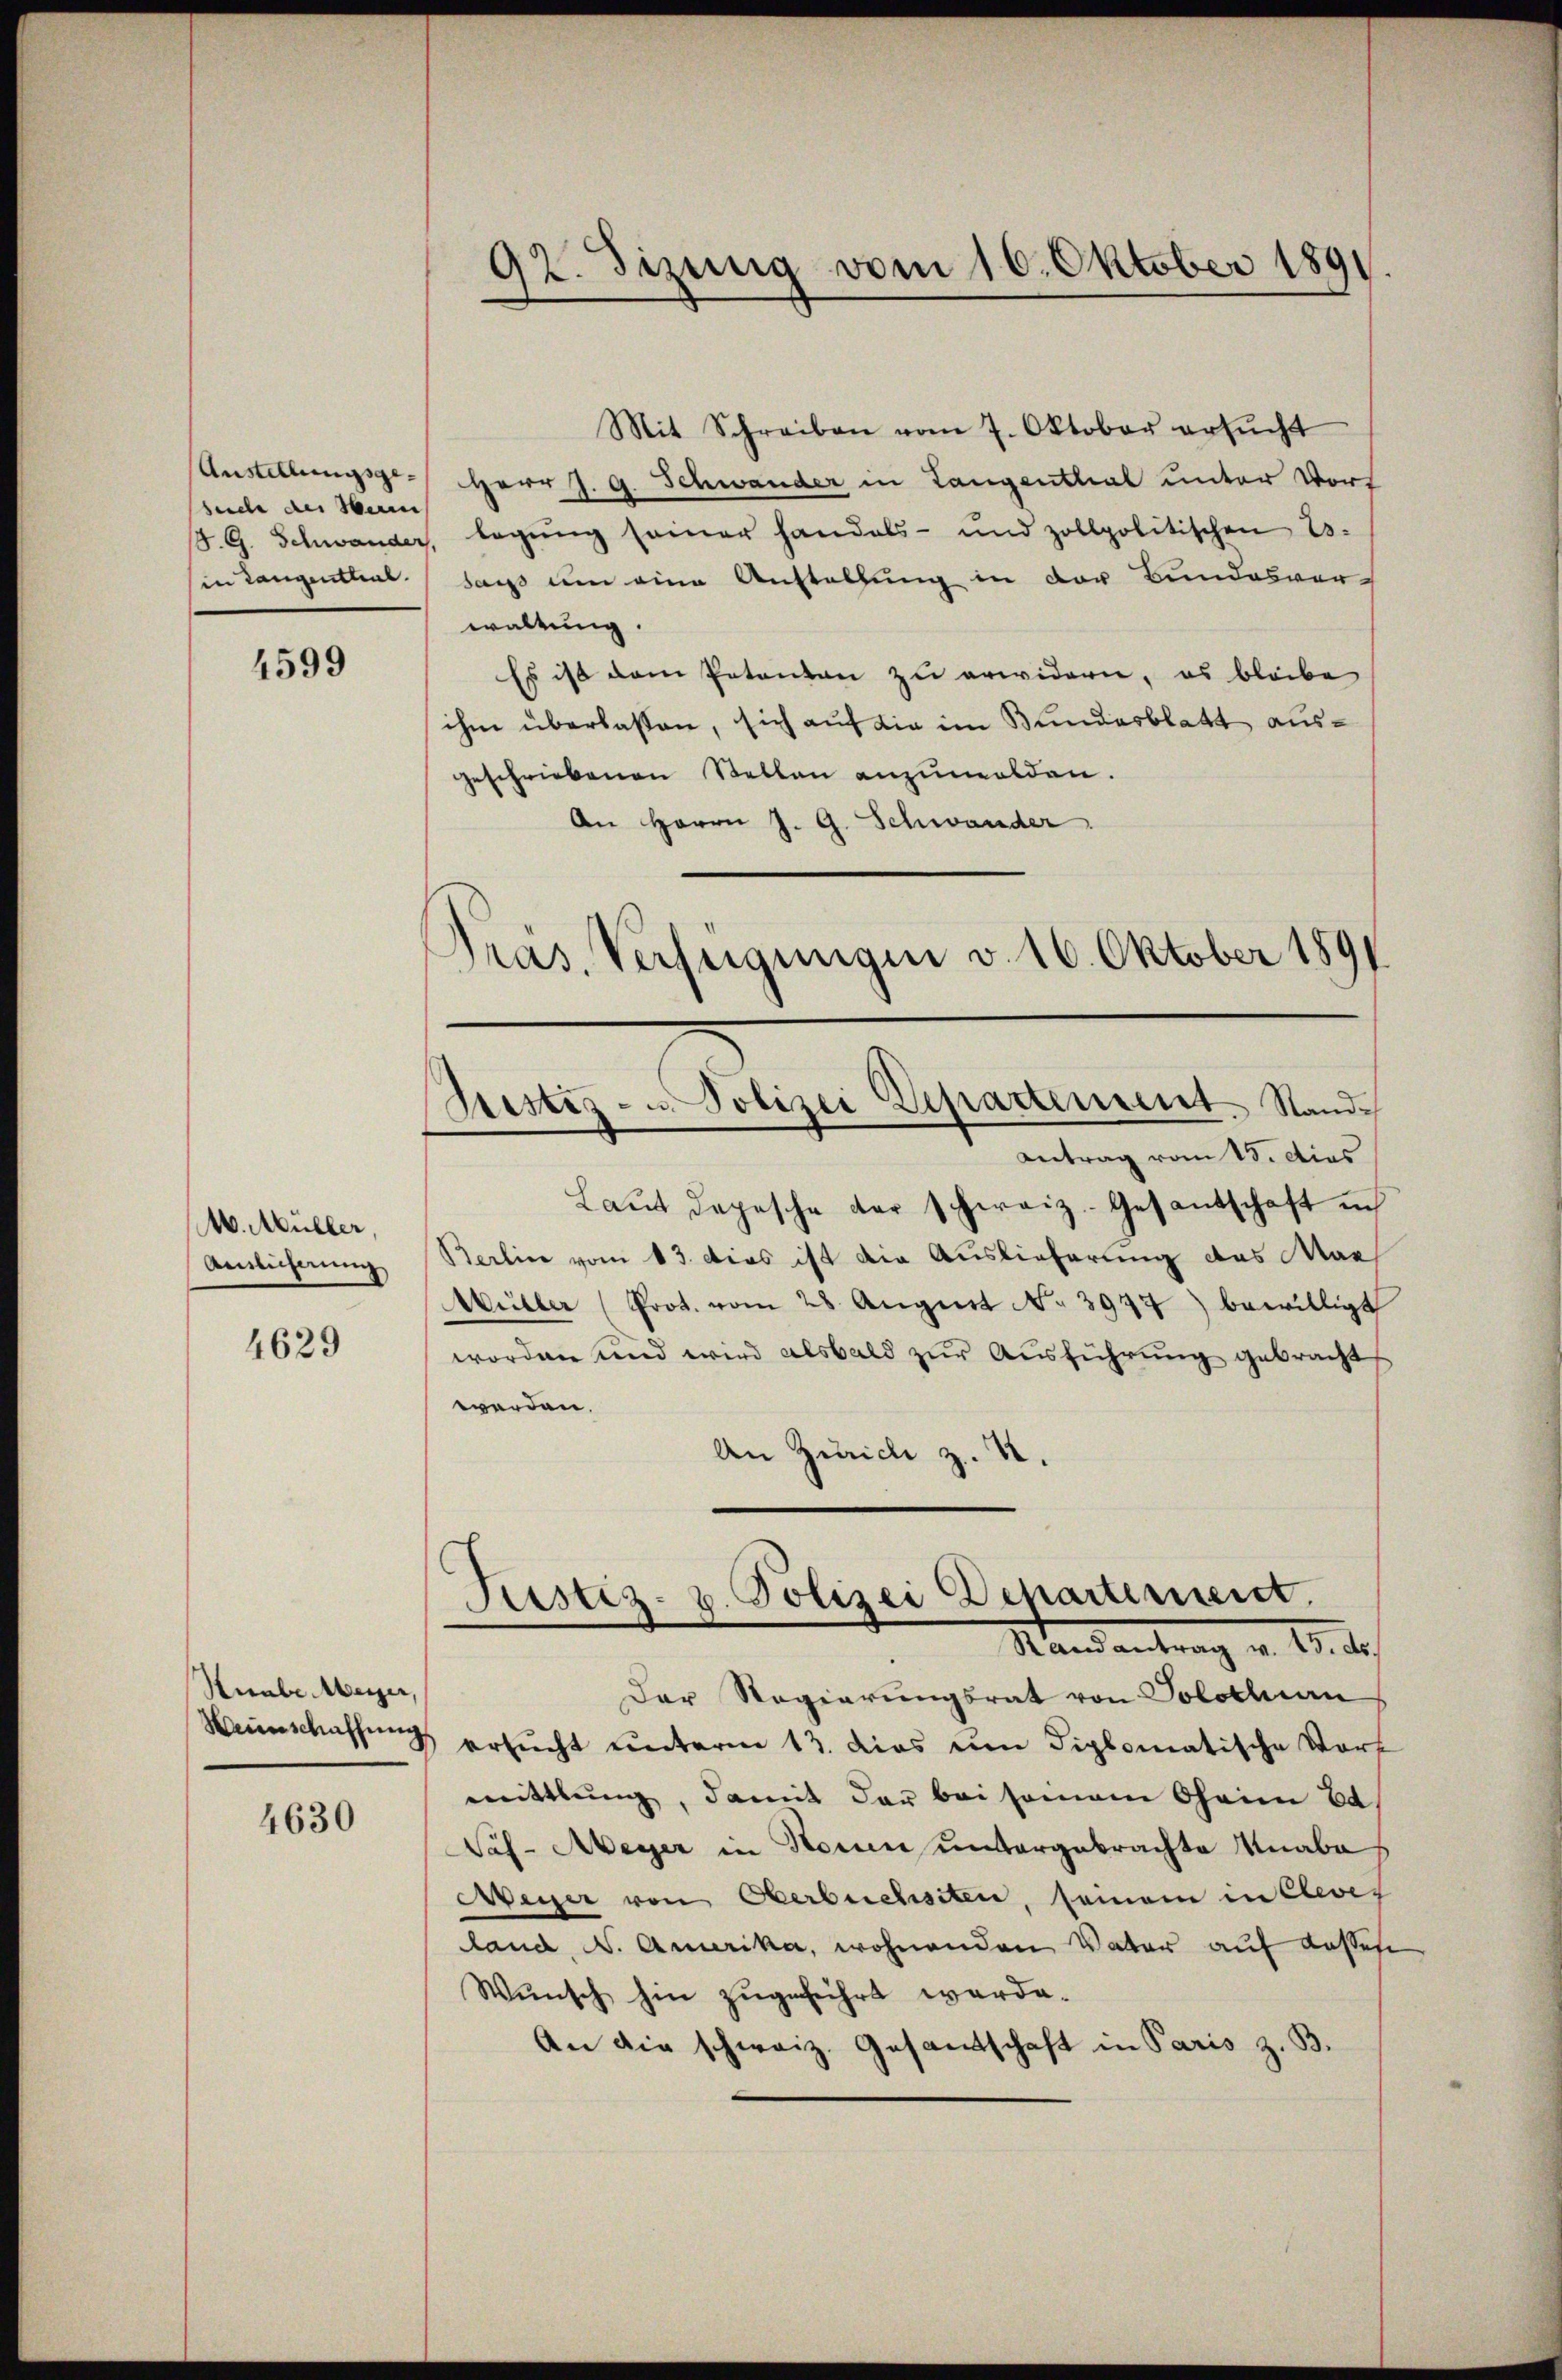
buche des Herrn

4599

M. Müller,
Antlicherung

4629

Stube. Meyer,

4630

Mit Schreiben vom 7. Oktober ersŭcht
Anstellungsge- Herr J. G. Schwander in Langenthal unter Vort
18. G. Schwander, legŭng seiner handels- und zollpolitischen E.
in Langenthal (das um eine Anstellung in der Bundesver-
waltung.
Es ist dem Petenten zu erwidern, es bleibe
ihm überlassen, sich auf die im Bundesblatt ausgeschriebenen Stellen anzumelden.
An Herrn J. G. Schwander.
Präs. Verfeigungen v. 16. Oktober 1891

92. Tizung vom 16. Oktober 1891.

Bestiz- u. Polizei Departement. Stand¬

Antrag vom 15. dies
Laŭt depesche der schweiz. Gesantschaft in
Berlin vom 13. dies ist die Auslieferung des Max
Müller (Prot. vom 28. Aŭgust N. 3977) bewilligt
worden und wird alsbald zur Ausführung gebracht
werden.
An Zürich z. B.

Prestiz- u. Polizei Departement.
Randantrag v. 15. ds.

Der Regierungsrat von Solothurn
Weinschaffung ersucht unterm 13. dies um diplomatische Vort
mittlung, damit der bei seinem Oheim Ed
as- Meyer in Neuen untergebrachte Knabe
Weyer von Oberbuchsten, seien in Ehever
land, N. Amerika, wohnenden Vater auf dassen
Wunsch hin zugeführt werde.
An die schweiz. Gesandtschaft in Paris z. B.